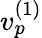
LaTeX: v_{p}^{(1)}